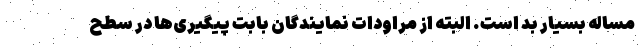
مساله بسیار بد است. البته از مراودات نمایندگان بابت پیگیری‌ها در سطح